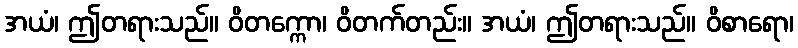
အယံ၊ ဤတရားသည်။ ဝိတက္ကော၊ ဝိတက်တည်း။ အယံ၊ ဤတရားသည်။ ဝိစာရော၊